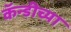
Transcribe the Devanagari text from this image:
कॅन्डीच्या